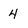
Character: 4